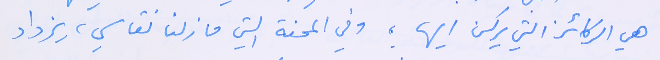
هي الركائز التي يركن اليها، وفي المحنة التي ما زلنا نقاسي، يزداد